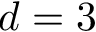
d = 3